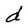
Character: d